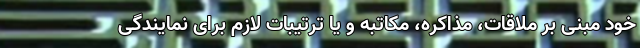
خود مبنی بر ملاقات، مذاکره، مکاتبه و یا ترتیبات لازم برای نمایندگی